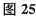
图25